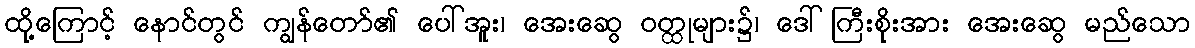
ထို့ကြောင့် နောင်တွင် ကျွန်တော်၏ ပေါ်အူး၊ အေးဆွေ ဝတ္ထုများ၌၊ ဒေါ်ကြီးစိုးအား အေးဆွေ မည်သော